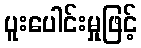
ပူးပေါင်းမှုဖြင့်